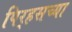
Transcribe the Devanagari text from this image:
पिर्‍हसच्या